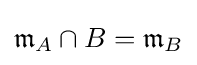
{\mathfrak {m}}_{A}\cap B={\mathfrak {m}}_{B}